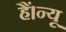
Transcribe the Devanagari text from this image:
हैं।न्यू